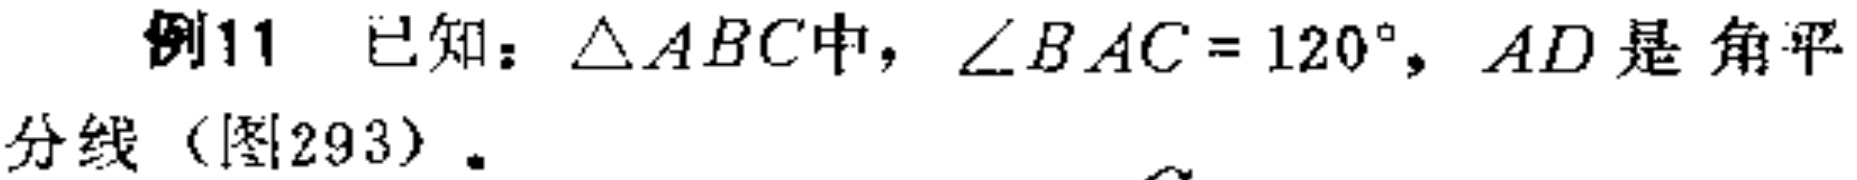
例11 已知：$\triangle ABC$中，$\angle BAC = 120^{\circ}$，$AD$是角平分线（图293）。